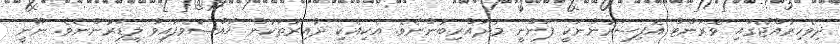
ދިވެހިރާއްޖޭގައި ވޮރަންޓް އޮފިސަރުންނަކީ ފަންނީ މުދައްރިބުންނެވެ. އެކިއެކި ދާއިރާތަކުން ޚާއްޞަވެފައިވާ ލީޑަރުންނެވެ. ނޫނީ